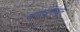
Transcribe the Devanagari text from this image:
खाणाखुणांमधून